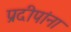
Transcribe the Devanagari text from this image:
प्रदीपांना